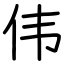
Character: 伟